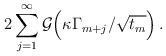
LaTeX: \begin{align*}2 \sum_{j=1}^\infty \mathcal G\Big(\kappa \Gamma_{m+j}/\sqrt{t_m}\Big) \,.\end{align*}